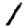
Digit: 1